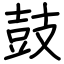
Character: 鼓